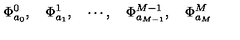
\Phi _ { a _ { 0 } } ^ { 0 } , \quad \Phi _ { a _ { 1 } } ^ { 1 } , \quad \cdots , \quad \Phi _ { a _ { M - 1 } } ^ { M - 1 } , \quad \Phi _ { a _ { M } } ^ { M }